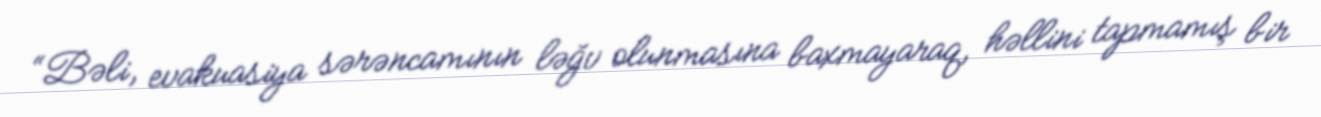
“Bəli, evakuasiya sərəncamının ləğv olunmasına baxmayaraq, həllini tapmamış bir